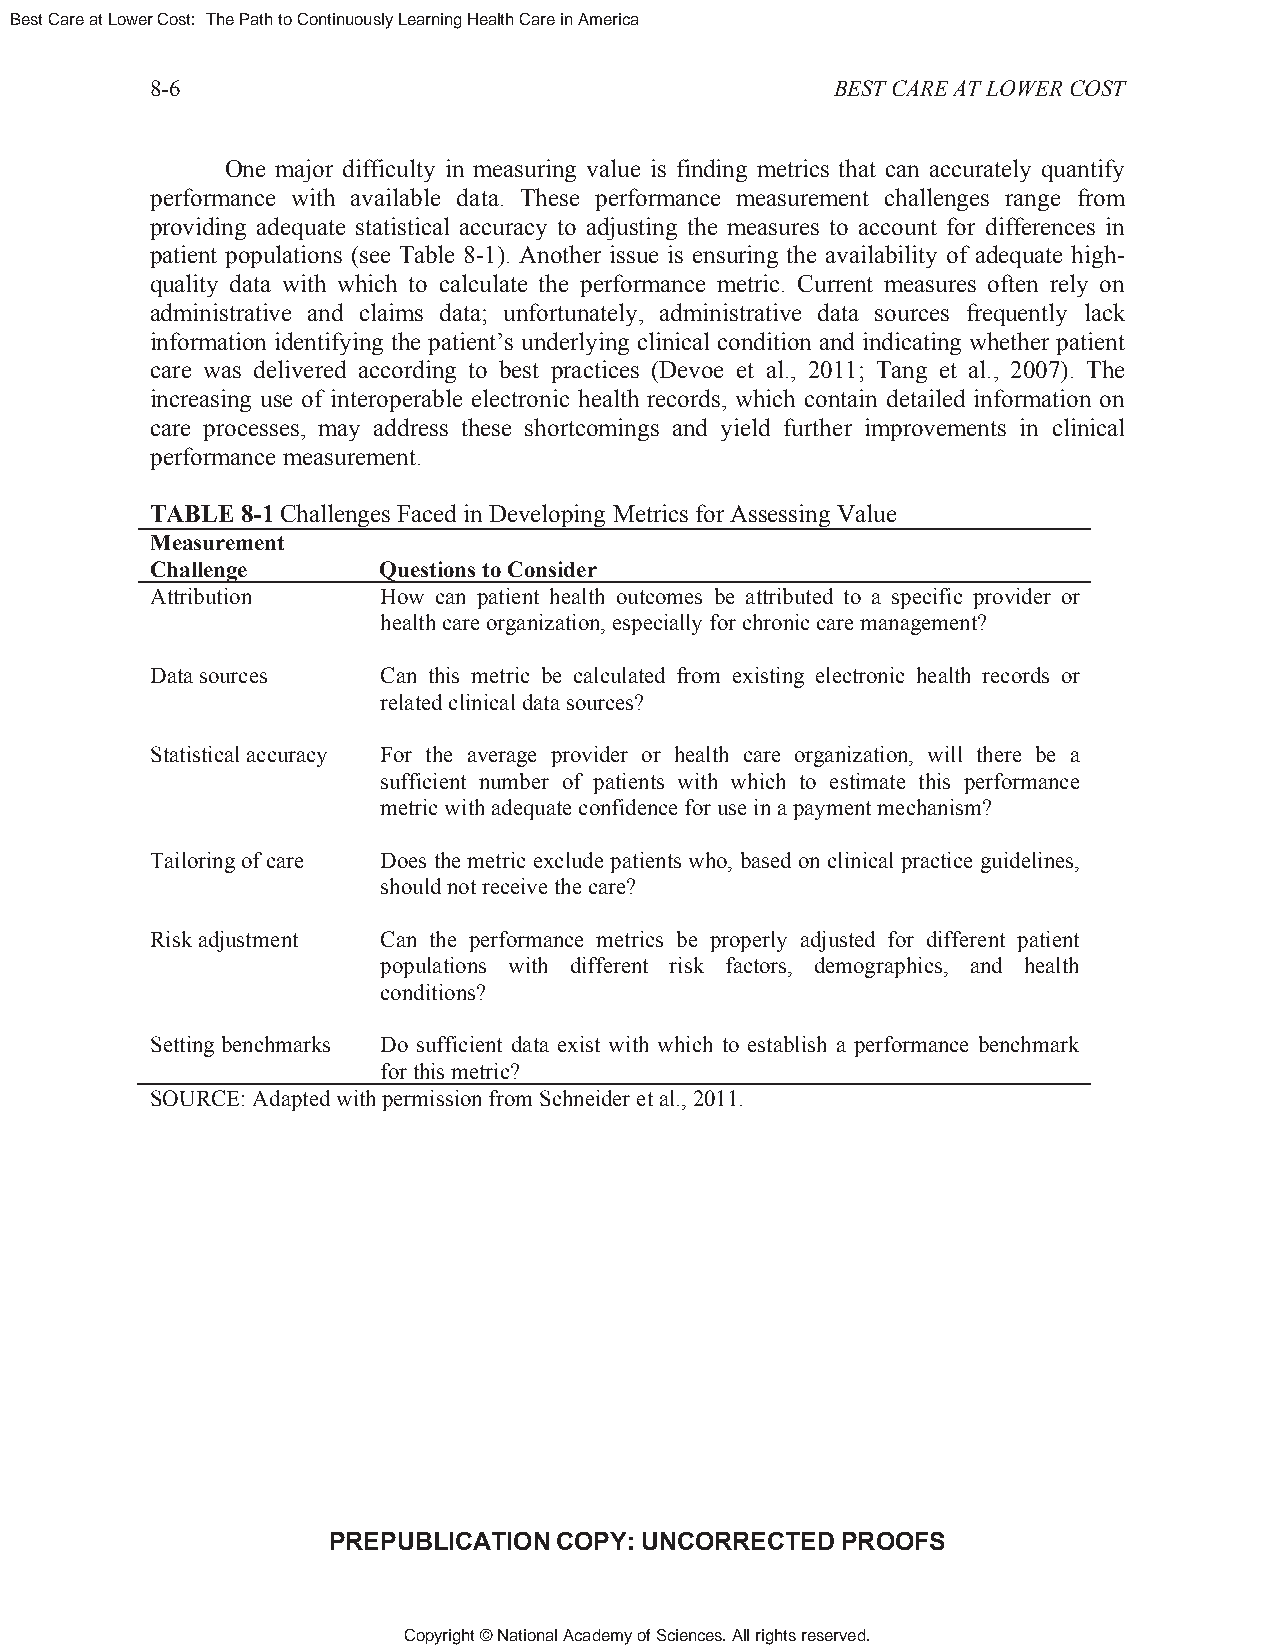
Best Care at Lower Cost: The Path to Continuously Learning Health Care in America
 8-6                                          BEST CARE AT LOWER COST
 One major difficulty in measuring value is finding metrics that can accurately quantify
 performance with available data. These performance measurement challenges range from
 providing adequate statistical accuracy to adjusting the measures to account for differences in
 patient populations (see Table 8-1). Another issue is ensuring the availability of adequate high-
 quality data with which to calculate the performance metric. Current measures often rely on
 administrative and claims data; unfortunately, administrative data sources frequently lack
 information identifying the patient’s underlying clinical condition and indicating whether patient
 care was delivered according to best practices (Devoe et al., 2011; Tang et al., 2007). The
 increasing use of interoperable electronic health records, which contain detailed information on
 care processes, may address these shortcomings and yield further improvements in clinical
 performance measurement.
 TABLE 8-1 Challenges Faced in Developing Metrics for Assessing Value
 Measurement
 Challenge      Questions to Consider
 Attribution    How can patient health outcomes be attributed to a specific provider or
 health care organization, especially for chronic care management?
 Data sources   Can this metric be calculated from existing electronic health records or
 related clinical data sources?
 Statistical accuracy For the average provider or health care organization, will there be a
 sufficient number of patients with which to estimate this performance
 metric with adequate confidence for use in a payment mechanism?
 Tailoring of care Does the metric exclude patients who, based on clinical practice guidelines,
 should not receive the care?
 Risk adjustment Can the performance metrics be properly adjusted for different patient
 populations with different risk factors, demographics, and health
 conditions?
 Setting benchmarks Do sufficient data exist with which to establish a performance benchmark
 for this metric?
 SOURCE: Adapted with permission from Schneider et al., 2011.
 PREPUBLICATION COPY: UNCORRECTED  PROOFS
 Copyright © National Academy of Sciences. All rights reserved.